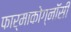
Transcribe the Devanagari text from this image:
फार्माकोग्नॉसी